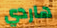
هاردي